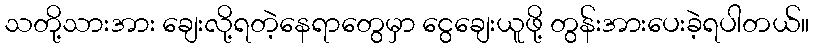
သတို့သားအား ချေးလို့ရတဲ့နေရာတွေမှာ ငွေချေးယူဖို့ တွန်းအားပေးခဲ့ရပါတယ်။